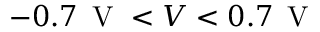
- 0 . 7 \, \mathrm { ~ V ~ } < V < 0 . 7 \, \mathrm { ~ V ~ }